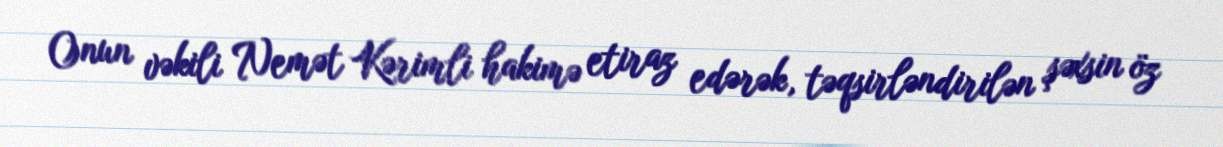
Onun vəkili Nemət Kərimli hakimə etiraz edərək, təqsirləndirilən şəxsin öz